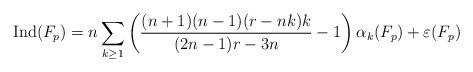
LaTeX: \begin{align*}\mathrm{Ind}(F_p)=n\sum_{k\ge 1}\left(\frac{(n+1)(n-1)(r-nk)k}{(2n-1)r-3n}-1\right)\alpha_k(F_p)+\varepsilon(F_p)\end{align*}